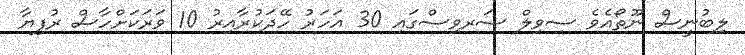
ލިބުނީސް ނޫތޯއެވެ ސިވިލް ސަރވިސްގައި 30 އަހަރު ހޭދަކުރާއިރު 10 ވަރަކަށްހާސް ރުފިޔާ